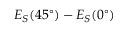
E _ { S } ( 4 5 ^ { \circ } ) - E _ { S } ( 0 ^ { \circ } )